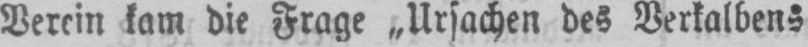
kam die Frage „Ursachen des Verkalbens